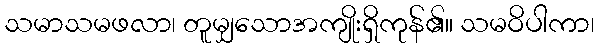
သမာသမဖလာ၊ တူမျှသောအကျိုးရှိကုန်၏။ သမဝိပါကာ၊